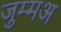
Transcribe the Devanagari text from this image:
जुम्मअ